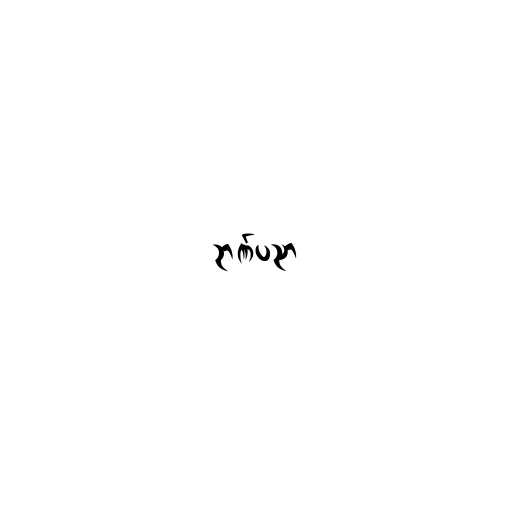
ဉာဏ်ပညာ